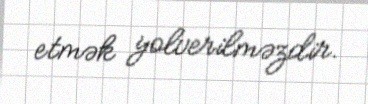
etmək yolverilməzdir.